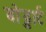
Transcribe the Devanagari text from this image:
बोड्डार्ट